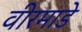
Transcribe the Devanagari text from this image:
वीरमाडे